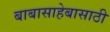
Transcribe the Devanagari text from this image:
बाबासाहेबासाठी